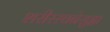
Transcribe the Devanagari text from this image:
शरीररचनेसुद्धा